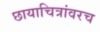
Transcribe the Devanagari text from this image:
छायाचित्रांवरच